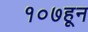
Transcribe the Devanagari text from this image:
१०७हून